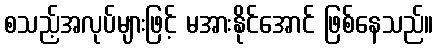
စသည့်အလုပ်များဖြင့် မအားနိုင်အောင် ဖြစ်နေသည်။